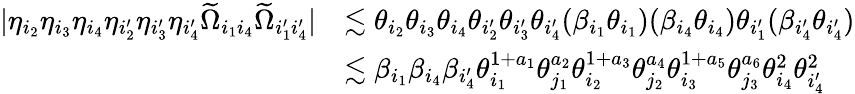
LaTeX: \begin{array}{rl}{|\eta_{i_{2}}\eta_{i_{3}}\eta_{i_{4}}\eta_{i_{2}^{\prime}}\eta_{i_{3}^{\prime}}\eta_{i_{4}^{\prime}}\widetilde{\Omega}_{i_{1}i_{4}}\widetilde{\Omega}_{i_{1}^{\prime}i_{4}^{\prime}}|}&{\lesssim\theta_{i_{2}}\theta_{i_{3}}\theta_{i_{4}}\theta_{i_{2}^{\prime}}\theta_{i_{3}^{\prime}}\theta_{i_{4}^{\prime}}(\beta_{i_{1}}\theta_{i_{1}})(\beta_{i_{4}}\theta_{i_{4}})\theta_{i_{1}^{\prime}}(\beta_{i_{4}^{\prime}}\theta_{i_{4}^{\prime}})}\\ &{\lesssim\beta_{i_{1}}\beta_{i_{4}}\beta_{i_{4}^{\prime}}\theta_{i_{1}}^{1+a_{1}}\theta_{j_{1}}^{a_{2}}\theta_{i_{2}}^{1+a_{3}}\theta_{j_{2}}^{a_{4}}\theta_{i_{3}}^{1+a_{5}}\theta_{j_{3}}^{a_{6}}\theta_{i_{4}}^{2}\theta_{i_{4}^{\prime}}^{2}}\end{array}